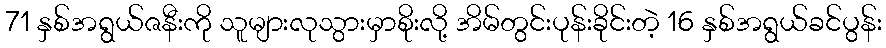
71 နှစ်အရွယ်ဇနီးကို သူများလုသွားမှာစိုးလို့ အိမ်တွင်းပုန်းခိုင်းတဲ့ 16 နှစ်အရွယ်ခင်ပွန်း